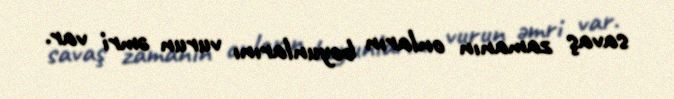
savaş zamanın onların boyunlarını vurun əmri var.